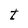
Character: t